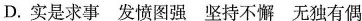
D.实是求事 发愤图强 坚持不懈 无独有偶